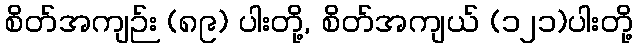
စိတ်အကျဉ်း (၈၉) ပါးတို့, စိတ်အကျယ် (၁၂၁)ပါးတို့